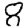
Digit: 8